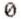
0